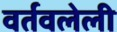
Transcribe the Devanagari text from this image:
वर्तवलेली